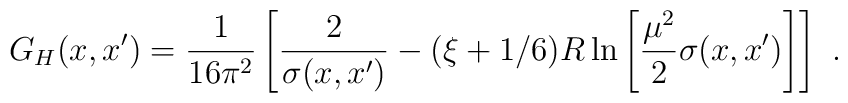
G_H(x,x')=\frac1{16\pi^2}\left[\frac2{\sigma(x,x')}-(\xi+1/6)R\ln\left[\frac{\mu^2}2\sigma(x,x')\right]\right] \ .